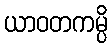
ယာဝတကမ္ပိ